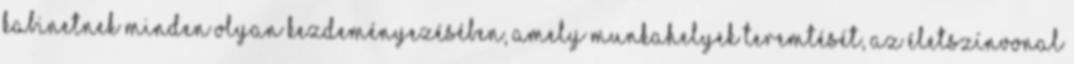
kabinetnek minden olyan kezdeményezésében, amely munkahelyek teremtését, az életszínvonal